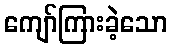
ကျော်ကြားခဲ့သော